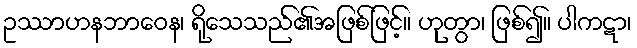
ဥဿာဟနဘာဝေန၊ ရိုသေသည်၏အဖြစ်ဖြင့်။ ဟုတွာ၊ ဖြစ်၍။ ပါကဋာ၊